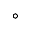
^ { \circ }